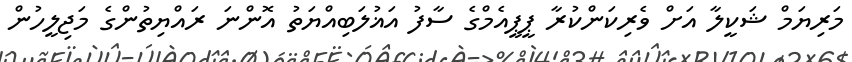
މަރިޔަމް ޝަކީލާ އަށް ވެރިކަންކުރާ ޕީޕީއެމްގެ ސާފު އަޣުލަބިއްޔަތު އޮންނަ ރައްޔިތުންގެ މަޖިލީހުން